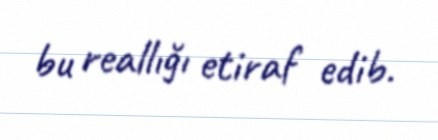
bu reallığı etiraf edib.